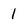
Character: 1